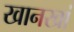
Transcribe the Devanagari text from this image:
खानखां